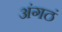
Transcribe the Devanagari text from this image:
अंगठं